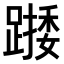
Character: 𨄖